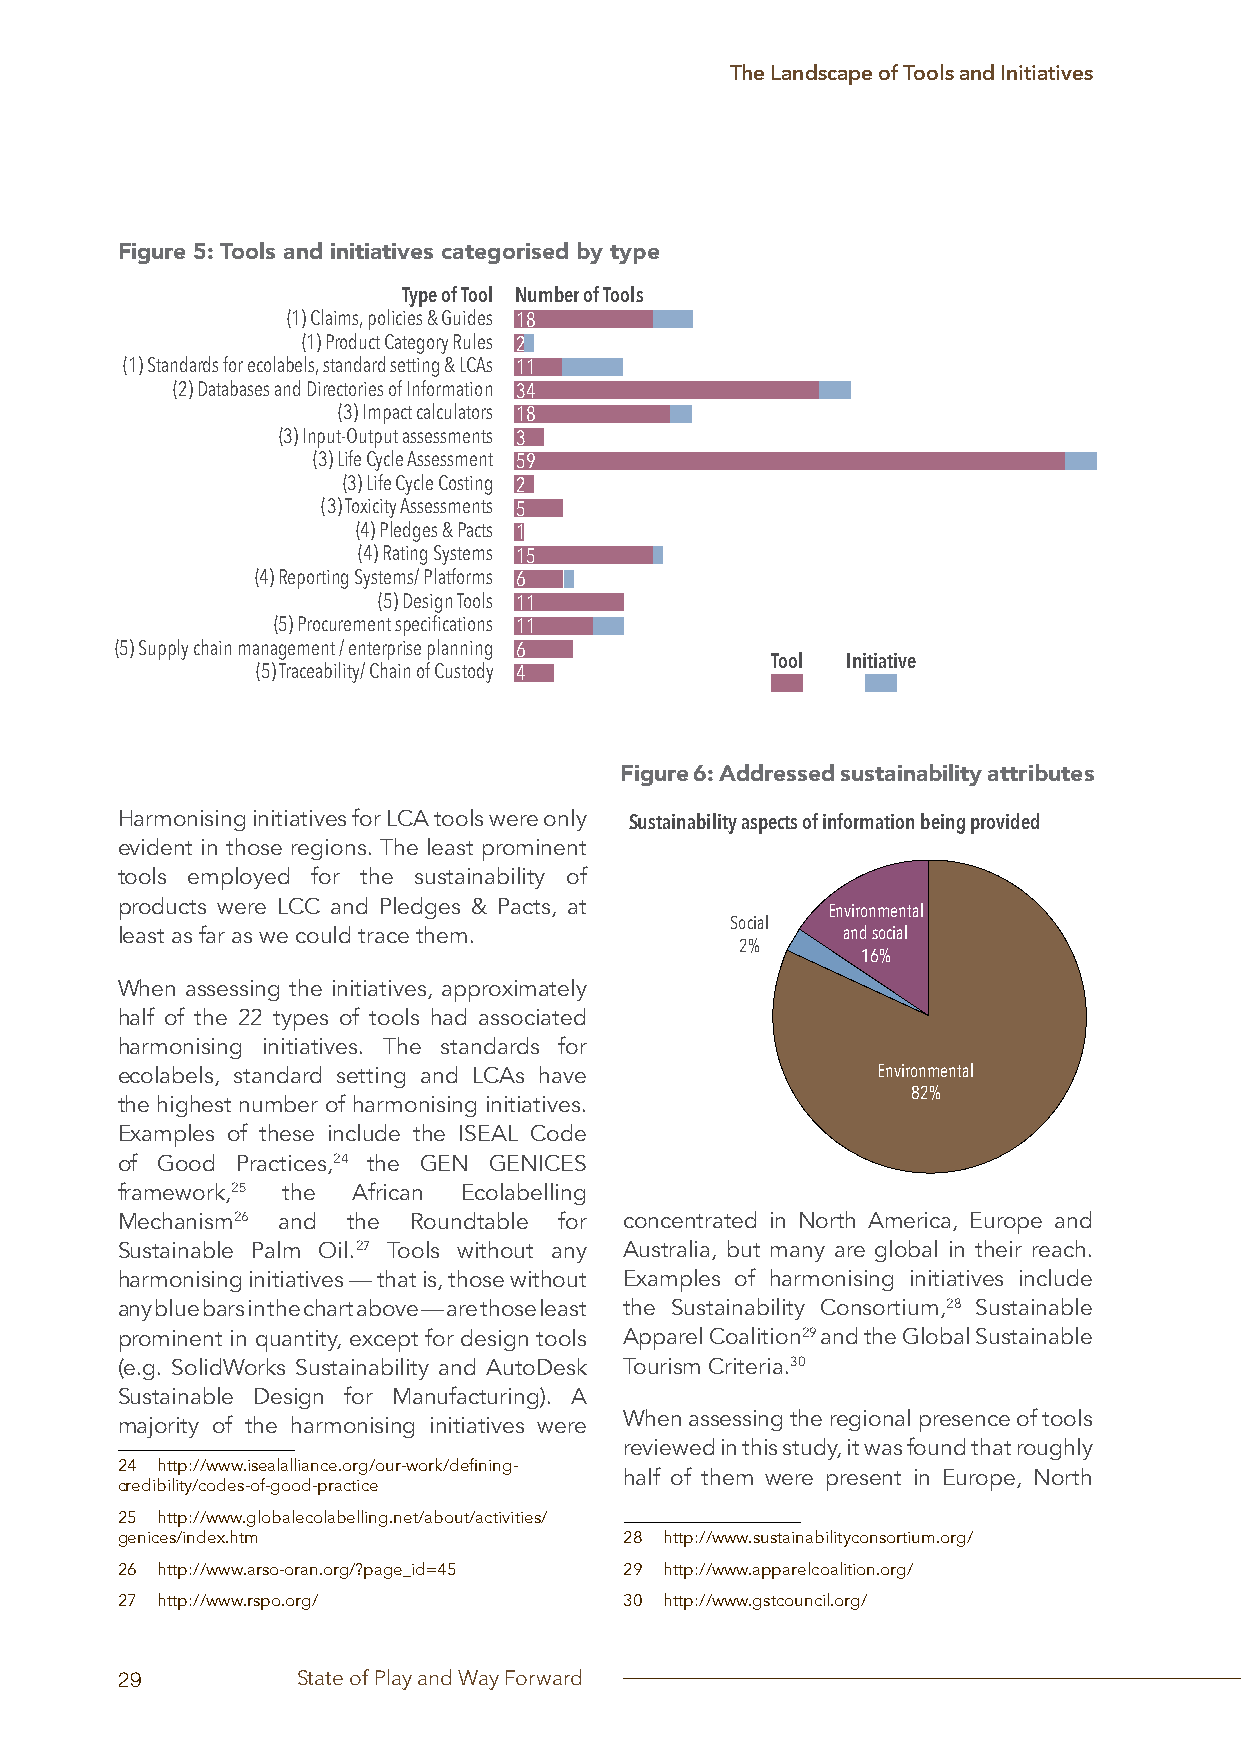
The Landscape of Tools and Initiatives
 Figure 5: Tools and initiatives categorised by type
 Type of Tool Number of Tools
 (1) Claims, policies & Guides 18
 (1) Product Category Rules 2
 (1) Standards for ecolabels, standard setting & LCAs 11
 (2) Databases and Directories of Information 34
 (3) Impact calculators 18
 (3) Input-Output assessments 3
 (3) Life Cycle Assessment 59
 (3) Life Cycle Costing 2
 (3) Toxicity Assessments 5
 (4) Pledges & Pacts 1
 (4) Rating Systems 15
 (4) Reporting Systems/ Platforms 6
 (5) Design Tools 11
 (5) Procurement specifications 11
 (5) Supply chain management / enterprise planning 6
 Tool Initiative
 (5) Traceability/ Chain of Custody 4
 Figure 6: Addressed sustainability attributes
 Harmonising initiatives for LCA tools were only
 Sustainability aspects of information being provided
 evident in those regions. The least prominent
 tools employed for the sustainability of
 products were LCC and Pledges & Pacts, at
 Environmental
 Social
 least as far as we could trace them.            and social
 2%
 16%
 When assessing the initiatives, approximately
 half of the 22 types of tools had associated
 harmonising initiatives. The standards for
 ecolabels, standard setting and LCAs have         Environmental
 82%
 the highest number of harmonising initiatives.
 Examples of these include the ISEAL Code
 of Good Practices,24 the GEN GENICES
 framework,25 the African Ecolabelling
 Mechanism26 and the Roundtable for concentrated in North America, Europe and
 Sustainable Palm Oil.27 Tools without any Australia, but many are global in their reach.
 harmonising initiatives — that is, those without Examples of harmonising initiatives include
 any blue bars in the chart above — are those least the Sustainability Consortium,28 Sustainable
 prominent in quantity, except for design tools Apparel Coalition29 and the Global Sustainable
 (e.g. SolidWorks Sustainability and AutoDesk Tourism Criteria.30
 Sustainable Design for Manufacturing). A
 When assessing the regional presence of tools
 majority of the harmonising initiatives were
 reviewed in this study, it was found that roughly
 24 http://www.isealalliance.org/our-work/defining-
 half of them were present in Europe, North
 credibility/codes-of-good-practice
 25 http://www.globalecolabelling.net/about/activities/
 genices/index.htm                28 http://www.sustainabilityconsortium.org/
 26 http://www.arso-oran.org/?page_id=45 29 http://www.apparelcoalition.org/
 27 http://www.rspo.org/          30 http://www.gstcouncil.org/
 29          State of Play and Way Forward